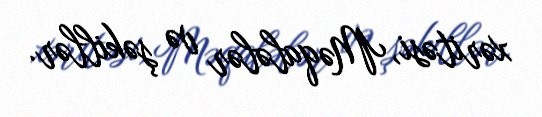
xəritəsi, Məqalələr və şəkillər.